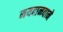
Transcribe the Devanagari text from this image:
मयदानवाने